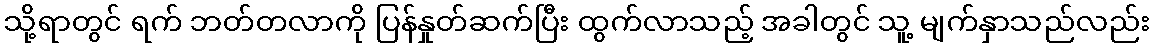
သို့ရာတွင် ရက် ဘတ်တလာကို ပြန်နှုတ်ဆက်ပြီး ထွက်လာသည့် အခါတွင် သူ့ မျက်နှာသည်လည်း